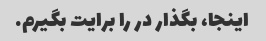
اینجا، بگذار در را برایت بگیرم.